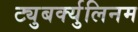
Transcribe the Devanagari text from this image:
ट्युबर्क्युलिनम